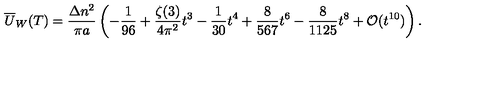
\overline { { U } } _ { W } ( T ) = \frac { \Delta n ^ { 2 } } { \pi a } \left( - \frac { 1 } { 9 6 } + \frac { \zeta ( 3 ) } { 4 \pi ^ { 2 } } t ^ { 3 } - \frac { 1 } { 3 0 } t ^ { 4 } + \frac { 8 } { 5 6 7 } t ^ { 6 } - \frac { 8 } { 1 1 2 5 } t ^ { 8 } + { \cal O } ( t ^ { 1 0 } ) \right) { . }